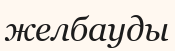
желбауды